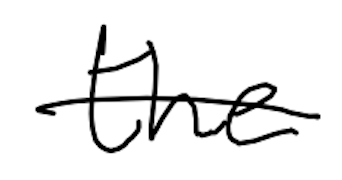
Text: the
Cross-out: single-line
Writing tool: digital_black